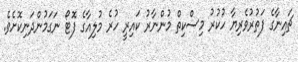
ޗައިނާގެ ފަތުރުވެރިޔާ ހުކުރު މިސްކިތް މުންނާރު ކައިރީ ހުރެ މުލިއާގެ ފޮޓޯ ނަގަމުންދަނިކޮށެވެ.